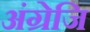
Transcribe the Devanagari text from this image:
अंग्रेजि